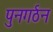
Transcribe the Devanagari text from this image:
पुनगर्ठन